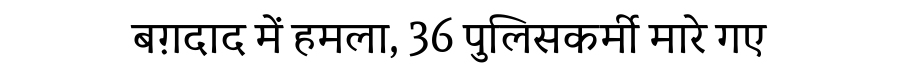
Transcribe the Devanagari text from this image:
बग़दाद में हमला, 36 पुलिसकर्मी मारे गए